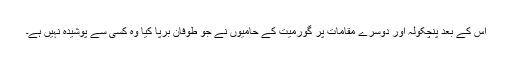
اس کے بعد پنچکولہ اور دوسرے مقامات پر گورمیت کے حامیوں نے جو طوفان برپا کیا وہ کسی سے پوشیدہ نہیں ہے۔